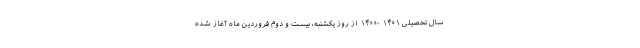
سال تحصیلی ۱۴۰۱ -۱۴۰۰ از روز یکشنبه، بیست و دوم فروردین ماه آغاز شده